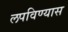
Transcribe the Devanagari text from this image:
लपविण्यास